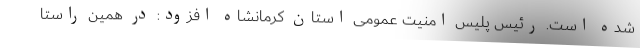
شده است. رئیس پلیس امنیت عمومی استان کرمانشاه افزود: در همین راستا